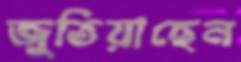
জুতিয়াছেন